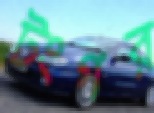
টংগর